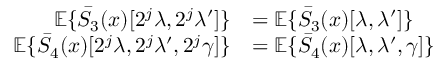
\begin{array} { r l } { { \mathbb E } \{ \bar { S } _ { 3 } ( x ) [ 2 ^ { j } \lambda , 2 ^ { j } \lambda ^ { \prime } ] \} } & { = { \mathbb E } \{ \bar { S } _ { 3 } ( x ) [ \lambda , \lambda ^ { \prime } ] \} } \\ { { \mathbb E } \{ \bar { S } _ { 4 } ( x ) [ 2 ^ { j } \lambda , 2 ^ { j } \lambda ^ { \prime } , 2 ^ { j } \gamma ] \} } & { = { \mathbb E } \{ \bar { S } _ { 4 } ( x ) [ \lambda , \lambda ^ { \prime } , \gamma ] \} } \end{array}